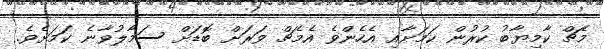
މެޗް ކާމިޔާބު ކުރުން ކަމަށާއި އެހެންވެ އެމެޗް ވަރަށް ބޮޑަށް ސަމާލުވާނެ ކަމަށެވެ.